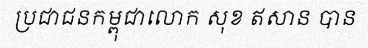
ប្រជាជនកម្ពុជាលោក សុខ ឥសាន បាន